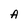
Character: A